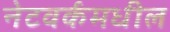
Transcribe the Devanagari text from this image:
नेटवर्कमधील